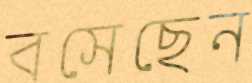
বসেছেন